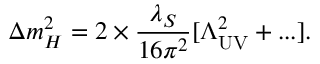
\Delta m _ { H } ^ { 2 } = 2 \times { \frac { \lambda _ { S } } { 1 6 \pi ^ { 2 } } } [ \Lambda _ { \mathrm { U V } } ^ { 2 } + . . . ] .